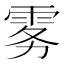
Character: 雾